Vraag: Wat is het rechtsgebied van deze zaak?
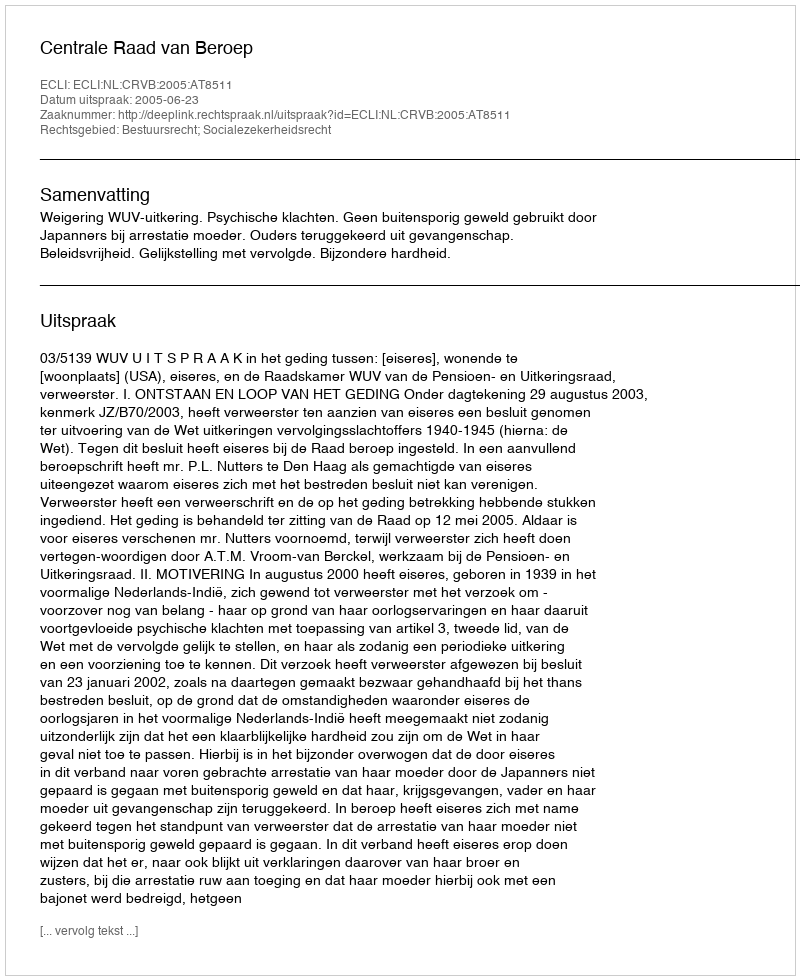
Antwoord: Bestuursrecht; Socialezekerheidsrecht